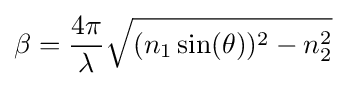
\beta ={\frac {4\pi }{\lambda }}{\sqrt {(n_{1}\sin(\theta ))^{2}-n_{2}^{2}}}